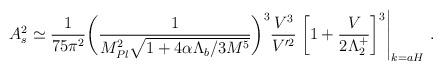
LaTeX: \begin{align*}A_{\sc s}^2\simeq \frac{1}{75\pi^2}\bigg(\frac{1}{M_{Pl}^2\sqrt{1+4\alpha\Lambda_b/3M^5}}\bigg)^3{V^3\over V^{\prime2}}\left.\left[1+\frac{V}{2\Lambda_2^+}\right]^3 \right|_{k=aH}\,.\end{align*}